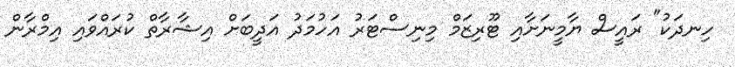
ހިނދަކު" ރައީސް ޔާމީނަށާއި ޓޫރިޒަމް މިނިސްޓަރު އަހުމަދު އަދީބަށް އިޝާރާތް ކުރައްވައި އިމްރާން